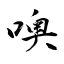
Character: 噢